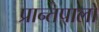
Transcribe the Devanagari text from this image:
प्रान्तपालों